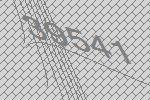
39541